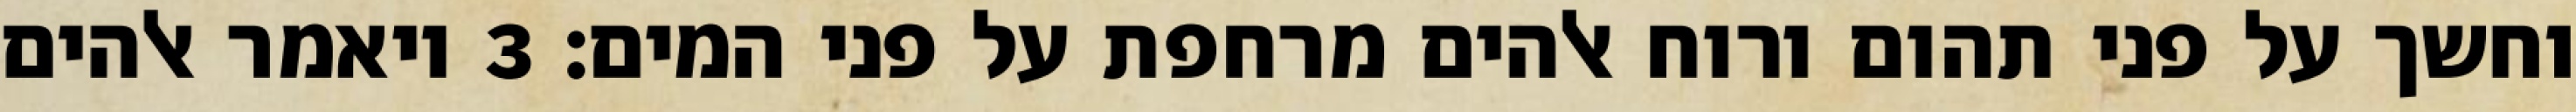
וחשך על פני תהום ורוח אלהים מרחפת על פני המים׃ ‎3‏ ויאמר אלהים